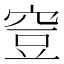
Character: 𥥷